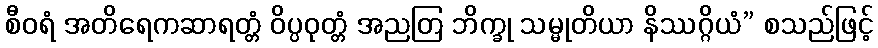
စီဝရံ အတိရေကဆာရတ္တံ ဝိပ္ပဝုတ္တံ အညတြ ဘိက္ခု သမ္မုတိယာ နိဿဂ္ဂိယံ” စသည်ဖြင့်